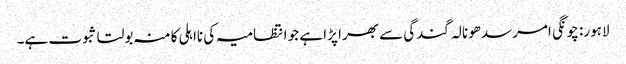
لاہور: چونگی امرسدھونالہ گندگی سے بھرا پڑا ہے جو انتظامیہ کی نااہلی کا منہ بولتا ثبوت ہے۔